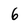
Character: 6